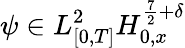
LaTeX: \psi\in L_{[0,T]}^{2}H_{0,x}^{\frac{7}{2}+\delta}